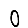
Digit: 0